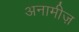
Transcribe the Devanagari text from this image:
अनामीज़